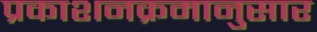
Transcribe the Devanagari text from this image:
प्रकाशनक्रमानुसार